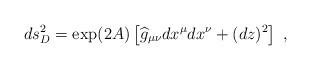
LaTeX: \begin{align*} ds_D^2=\exp(2A)\left[{\widehat g}_{\mu\nu} dx^\mu dx^\nu +(dz)^2\right]~,\end{align*}